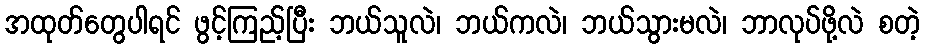
အထုတ်တွေပါရင် ဖွင့်ကြည့်ပြီး ဘယ်သူလဲ၊ ဘယ်ကလဲ၊ ဘယ်သွားမလဲ၊ ဘာလုပ်ဖို့လဲ စတဲ့